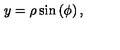
y = \rho \sin \left( \phi \right) ,